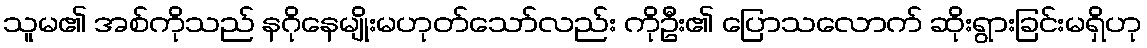
သူမ၏ အစ်ကိုသည် နဂိုနေမျိုးမဟုတ်သော်လည်း ကိုဦး၏ ပြောသလောက် ဆိုးရွားခြင်းမရှိဟု